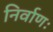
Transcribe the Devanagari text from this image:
निर्वाणः